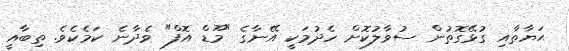
ޙަޔާތާއި ގުޅޭގޮތުން ސުވާލުކޮށް ހެދުމަކީ އޭނާގެ "މޫޑް އޮފް" ވެދާނެ ކަމެކެވެ. ތިބާއީ